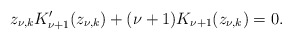
\begin{align*}z_{\nu,k}K_{\nu+1}'(z_{\nu,k})+(\nu+1)K_{\nu+1}(z_{\nu,k})=0.\end{align*}